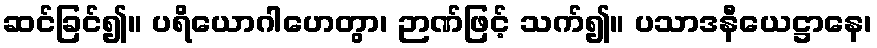
ဆင်ခြင်၍။ ပရိယောဂါဟေတွာ၊ ဉာဏ်ဖြင့် သက်၍။ ပသာဒနီယေဋ္ဌာနေ၊